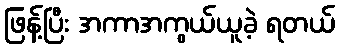
ဖြန့်ပြီး အကာအကွယ်ယူခဲ့ ရတယ်